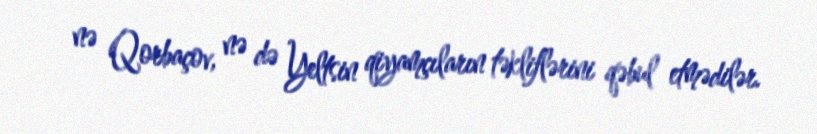
nə Qorbaçov, nə də Yeltsin qiyamçıların təkliflərini qəbul etmədilər.